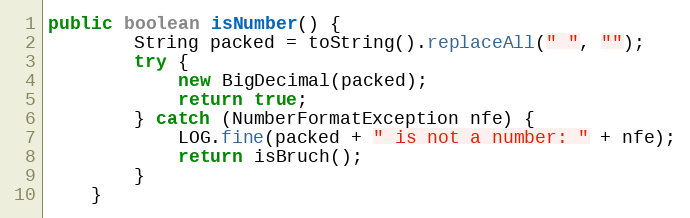
Language: Java
public boolean isNumber() {
        String packed = toString().replaceAll(" ", "");
        try {
            new BigDecimal(packed);
            return true;
        } catch (NumberFormatException nfe) {
            LOG.fine(packed + " is not a number: " + nfe);
            return isBruch();
        }
    }